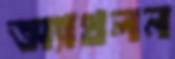
অ্যাথলন